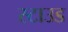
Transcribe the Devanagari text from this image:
स्टाउड